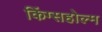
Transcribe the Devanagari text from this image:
किंग्सहोल्म